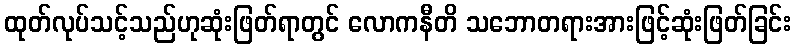
ထုတ်လုပ်သင့်သည်ဟုဆုံးဖြတ်ရာတွင် လောကနီတိ သဘောတရားအားဖြင့်ဆုံးဖြတ်ခြင်း